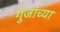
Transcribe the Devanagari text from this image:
गुंजांच्या